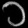
Digit: ၁